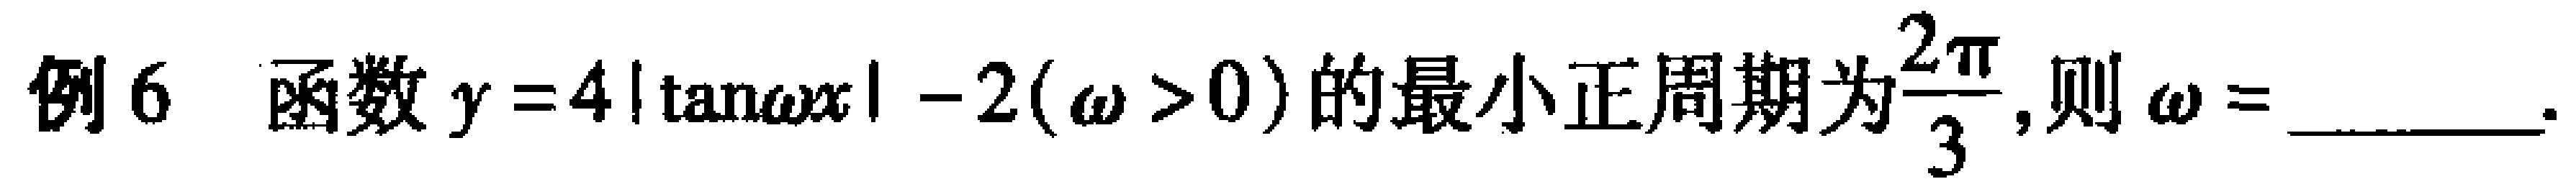
例6 函数$y = 4|\tan\omega x|-2(\omega>0)$的最小正周期为$\frac{2\pi}{3}$,则$\omega =$______.